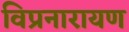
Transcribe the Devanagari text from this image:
विप्रनारायण